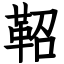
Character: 鞀